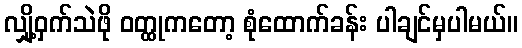
လျှို့ဝှက်သဲဖို ဝတ္ထုကတော့ စုံထောက်ခန်း ပါချင်မှပါမယ်။